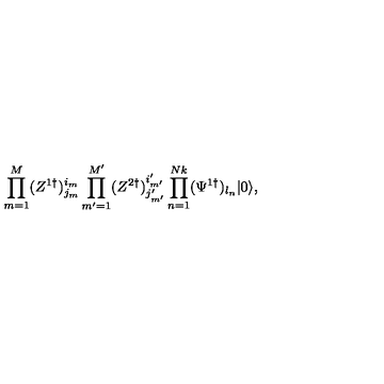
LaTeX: \prod _ { m = 1 } ^ { M } ( Z ^ { 1 \dagger } ) _ { j _ { m } } ^ { i _ { m } } \prod _ { m ^ { \prime } = 1 } ^ { M ^ { \prime } } ( Z ^ { 2 \dagger } ) _ { j _ { m ^ { \prime } } ^ { \prime } } ^ { i _ { m ^ { \prime } } ^ { \prime } } \prod _ { n = 1 } ^ { N k } ( \Psi ^ { 1 \dagger } ) _ { l _ { n } } | 0 \rangle ,